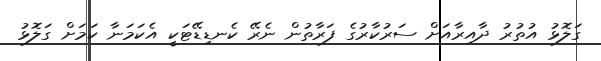
ގަލޮޅު އުތުރު ދާއިރާއަށް ސަރުކާރުގެ ފަރާތުން ނެރޭ ކެނޑިޑޭޓަކީ އެކަމަނާ ކަމަށް ގަލޮޅު